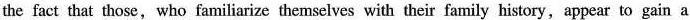
the fact that those, who familiarizc themselves with their family history, appear to gain a